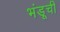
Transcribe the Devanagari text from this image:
भंडूची